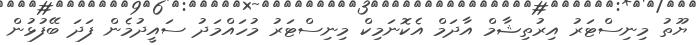
ޔޫތު މިނިސްޓަރު އިރުތިޝާމް އާދަމް އެކޮނަމިކް މިނިސްޓަރު މުހައްމަދު ސައީދުމެން ފަދަ ބޭފުޅުން